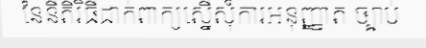
នៃនីតិវិធីដាក់ពាក្យស្នើសុំការអនុញ្ញាត ច្បាប់